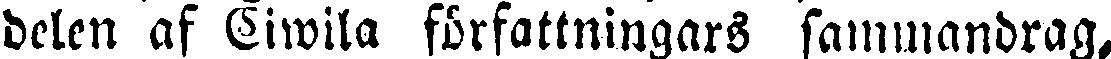
delen af Ciwila författningars sammandrag,